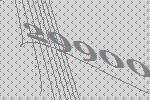
29900